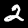
Digit: 2